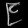
Digit: ၉